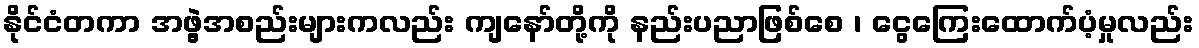
နိုင်ငံတကာ အဖွဲ့အစည်းများကလည်း ကျနော်တို့ကို နည်းပညာဖြစ်စေ ၊ ငွေကြေးထောက်ပံ့မှုလည်း